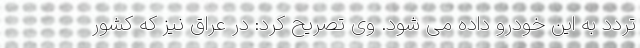
تردد به این خودرو داده می شود. وی تصریح کرد: در عراق نیز که کشور